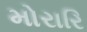
મોરારિ